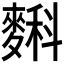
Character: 𪍎